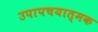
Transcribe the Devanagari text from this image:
उपापचयात्मक